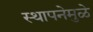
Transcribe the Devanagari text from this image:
स्थापनेमुळे